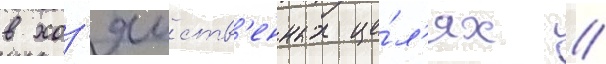
в хоз'яиств'енных це́л'ях //